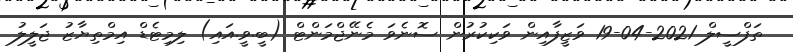
ތަފްސީލް 2021-04-19 ވަޒީފާއިން ވަކިކުރުން ސޮނެވަ މެނޭޖްމަންޓް (ބީ.ވީ.އައި) ލިމިޓެޑް އިމްތިޔާޒު ޖަލީލު